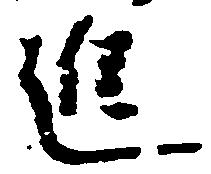
進